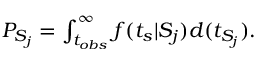
\begin{array} { r } { P _ { S _ { j } } = \int _ { t _ { o b s } } ^ { \infty } f ( t _ { s } | S _ { j } ) d ( t _ { S _ { j } } ) . } \end{array}